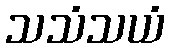
သသံသယံ